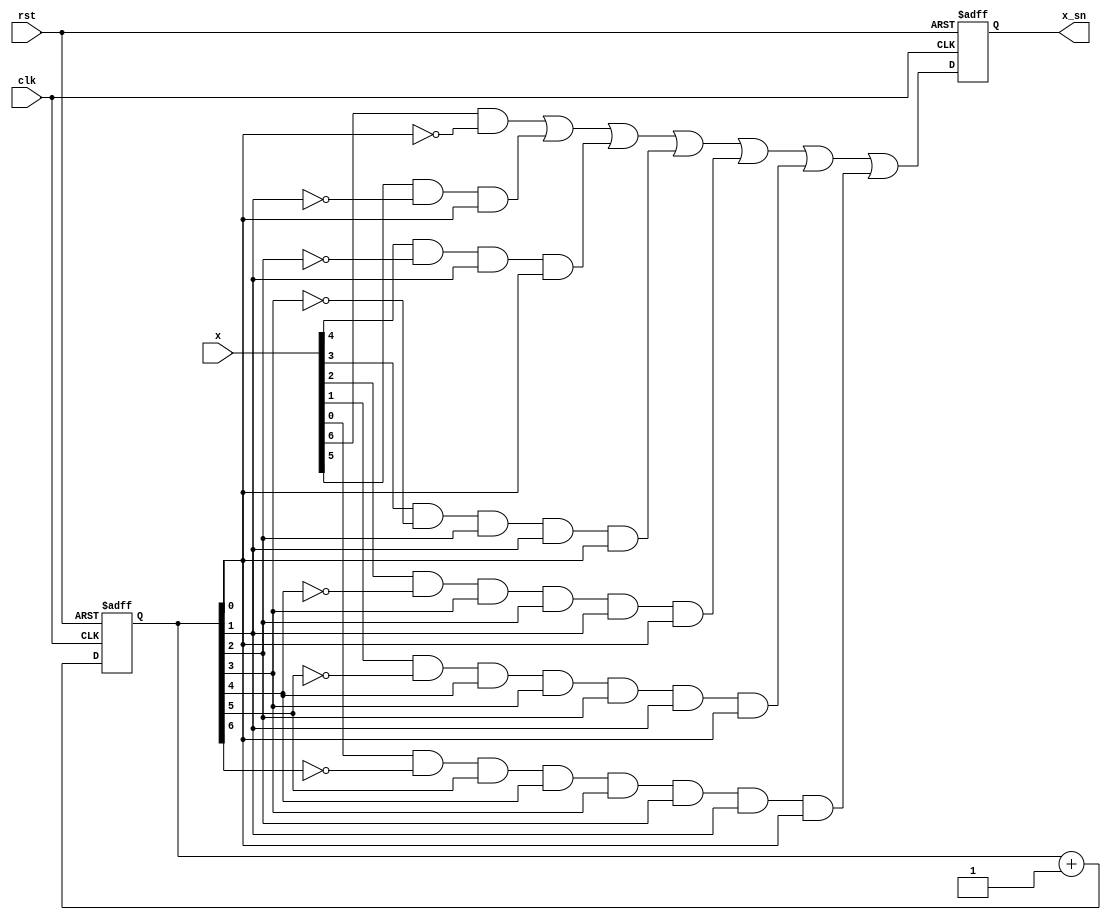
`timescale 1ns / 1ps
//////////////////////////////////////////////////////////////////////////////////
// Company: 
// Engineer: 
// 
// Design Name: 
// Module Name:    CBSC_SNG 
// Project Name: 
// Target Devices: 
// Tool versions: 
// Description: 
//
// Dependencies: 
//
// Revision: 
// Revision 0.01 - File Created
// Additional Comments: 
//
//////////////////////////////////////////////////////////////////////////////////
module CBSC_SNG
(
	input clk,
	input rst,
	input [6:0] x,
	//input EN,
	output reg x_sn 	
);

reg [6:0] FSM = 7'd0;
always @(posedge clk or negedge rst) begin
	if (!rst)	FSM <= 7'd0;
	else begin
		FSM <= FSM+1;
	end
end

always @(posedge clk or negedge rst) begin  // Counter-Based pattern SNG
	if (!rst)	x_sn <= 1'b0;
	else begin
		x_sn <= (x[6]&(!FSM[0])) | (x[5]&(!FSM[1])&(FSM[0])) | (x[4]&(!FSM[2])&(FSM[1])&(FSM[0])) | (x[3]&(!FSM[3])&(FSM[2])&(FSM[1])&(FSM[0])) | (x[2]&(!FSM[4])&(FSM[3])&(FSM[2])&(FSM[1])&(FSM[0]))  | (x[1]&(!FSM[5])&(FSM[4])&(FSM[3])&(FSM[2])&(FSM[1])&(FSM[0])) | (x[0]&(!FSM[6])&(FSM[5])&(FSM[4])&(FSM[3])&(FSM[2])&(FSM[1])&(FSM[0]));
	end
end

endmodule